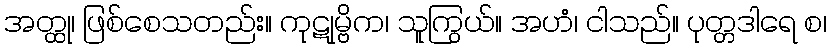
အတ္ထု၊ ဖြစ်စေသတည်း။ ကုဋုမ္ဗိက၊ သူကြွယ်။ အဟံ၊ ငါသည်။ ပုတ္တဒါရေ စ၊